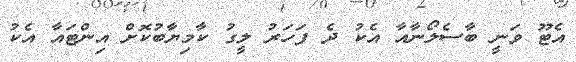
އެޓޫ ވަނީ ބާސެލޯނާއާ އެކު ދެ ފަހަރު ލީގު ކާމިޔާބުކޮށް އިންޓައާ އެކު